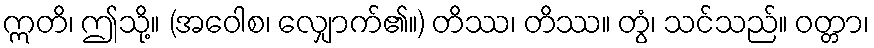
ဣတိ၊ ဤသို့။ (အဝေါစ၊ လျှောက်၏။) တိဿ၊ တိဿ။ တွံ၊ သင်သည်။ ဝတ္တာ၊